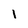
Character: l